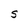
Character: S